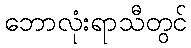
ဘောလုံးရာသီတွင်